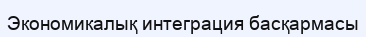
Экономикалық интеграция басқармасы